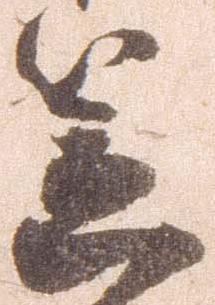
笠